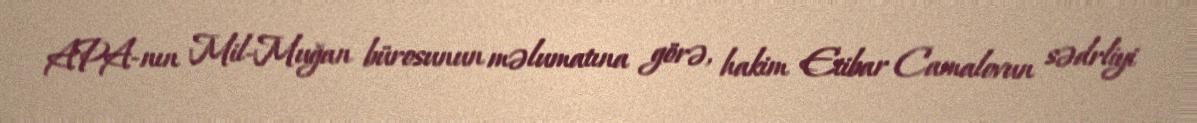
APA-nın Mil-Muğan bürosunun məlumatına görə, hakim Etibar Camalovun sədrliyi